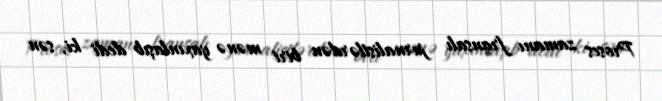
Proses zamanı fransalı jurnalistlərdən biri mənə yaxınlaşıb dedi ki, sən